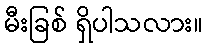
မီးခြစ် ရှိပါသလား။